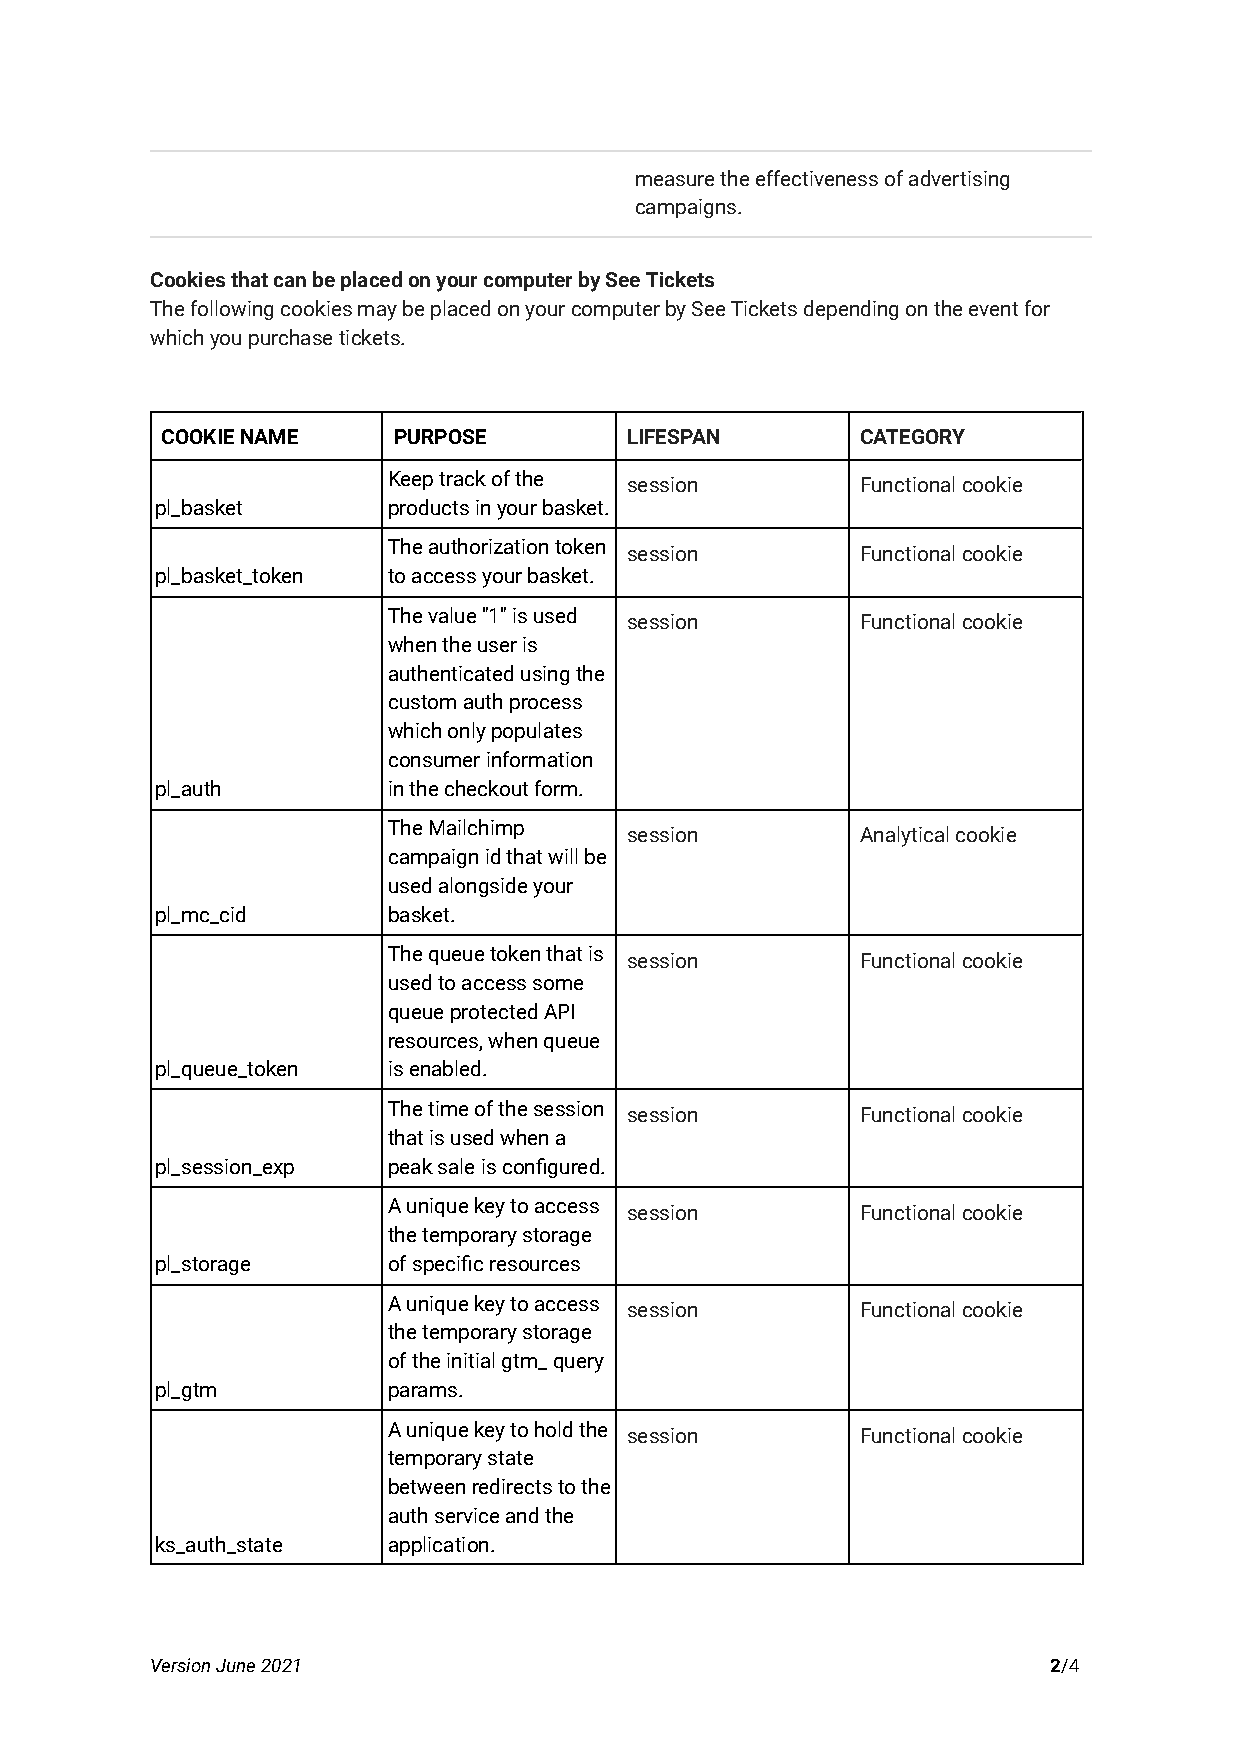
measure the effectiveness of advertising
 campaigns.
 Cookies that can be placed on your computer by SeeTickets
 The following cookies may be placed on your computerby See Tickets depending on the event for
 which you purchase tickets.
 COOKIE NAME    PURPOSE        LIFESPAN        CATEGORY
 Keep track of the session      Functional cookie
 pl_basket       products in your basket.
 The authorization token session Functional cookie
 pl_basket_token to access your basket.
 The value "1" is used session  Functional cookie
 when the user is
 authenticated using the
 custom auth process
 which only populates
 consumer information
 pl_auth         in the checkout form.
 The Mailchimp  session         Analytical cookie
 campaign id that will be
 used alongside your
 pl_mc_cid       basket.
 The queue token that is session Functional cookie
 used to access some
 queue protected API
 resources, when queue
 pl_queue_token  is enabled.
 The time of the session session Functional cookie
 that is used when a
 pl_session_exp  peak sale is configured.
 A unique key to access session Functional cookie
 the temporary storage
 pl_storage      of specific resources
 A unique key to access session Functional cookie
 the temporary storage
 of the initial gtm_ query
 pl_gtm          params.
 A unique key to hold the session Functional cookie
 temporary state
 between redirects to the
 auth service and the
 ks_auth_state   application.
 Version June 2021                                           2/4